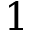
1